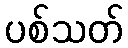
ပစ်သတ်